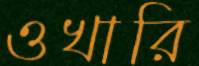
ওখারি